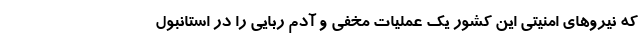
که نیروهای امنیتی این کشور یک عملیات مخفی و آدم ربایی را در استانبول